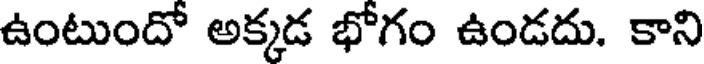
ఉంటుందో అక్కడ భోగం ఉండదు. కాని